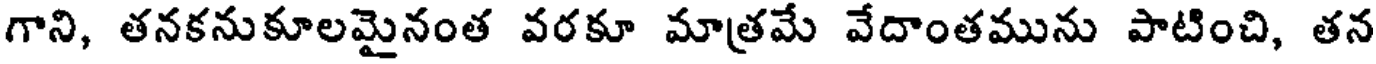
గాని, తనకనుకూలమైనంత వరకూ మాత్రమే వేదాంతమును పాటించి, తన